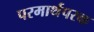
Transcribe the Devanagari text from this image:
परमार्थपरक